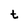
Character: t